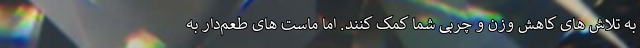
به تلاش های کاهش وزن و چربی شما کمک کنند. اما ماست های طعم‌دار به